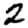
Digit: 2